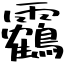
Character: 靏